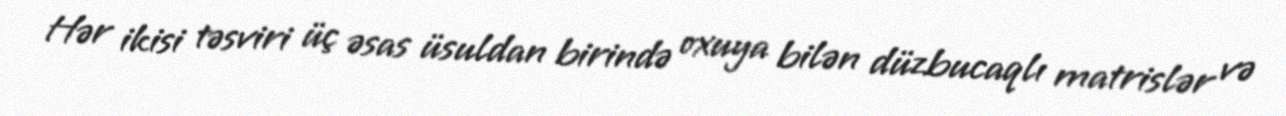
Hər ikisi təsviri üç əsas üsuldan birində oxuya bilən düzbucaqlı matrislər və